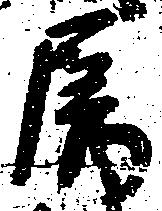
属